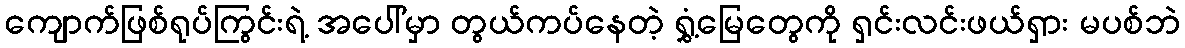
ကျောက်ဖြစ်ရုပ်ကြွင်းရဲ့ အပေါ်မှာ တွယ်ကပ်နေတဲ့ ရွှံ့မြေတွေကို ရှင်းလင်းဖယ်ရှား မပစ်ဘဲ